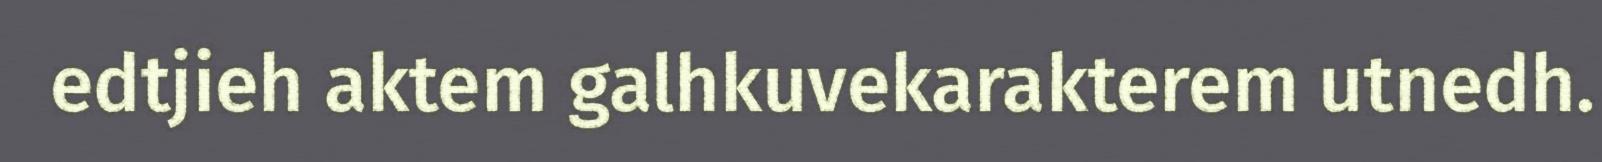
edtjieh aktem galhkuvekarakterem utnedh.